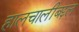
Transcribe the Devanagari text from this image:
हालचालींबद्दल